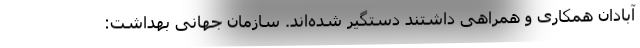
آبادان همکاری و همراهی داشتند دستگیر شده‌اند. سازمان جهانی بهداشت: